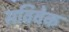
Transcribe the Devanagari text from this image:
सविवेक